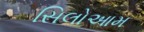
સિલોઆમ